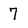
Character: 7